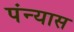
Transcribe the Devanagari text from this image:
पंन्यास